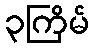
၃ကြိမ်